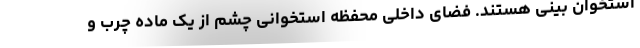
استخوان بینی هستند. فضای داخلی محفظه استخوانی چشم از یک ماده چرب و